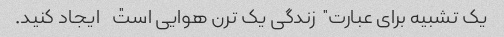
یک تشبیه برای عبارت "زندگی یک ترن هوایی است" ایجاد کنید.